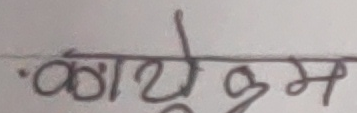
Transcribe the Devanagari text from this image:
कार्यक्रम